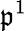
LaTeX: \mathfrak{p}^{1}